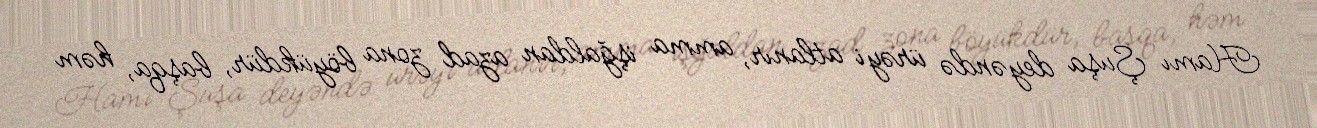
Hamı Şuşa deyəndə ürəyi atlanır, amma işğaldan azad zona böyükdür, başqa, həm